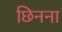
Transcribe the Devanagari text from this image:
छिनना